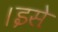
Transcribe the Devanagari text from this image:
।इसे